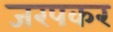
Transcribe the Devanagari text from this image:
जरपकर